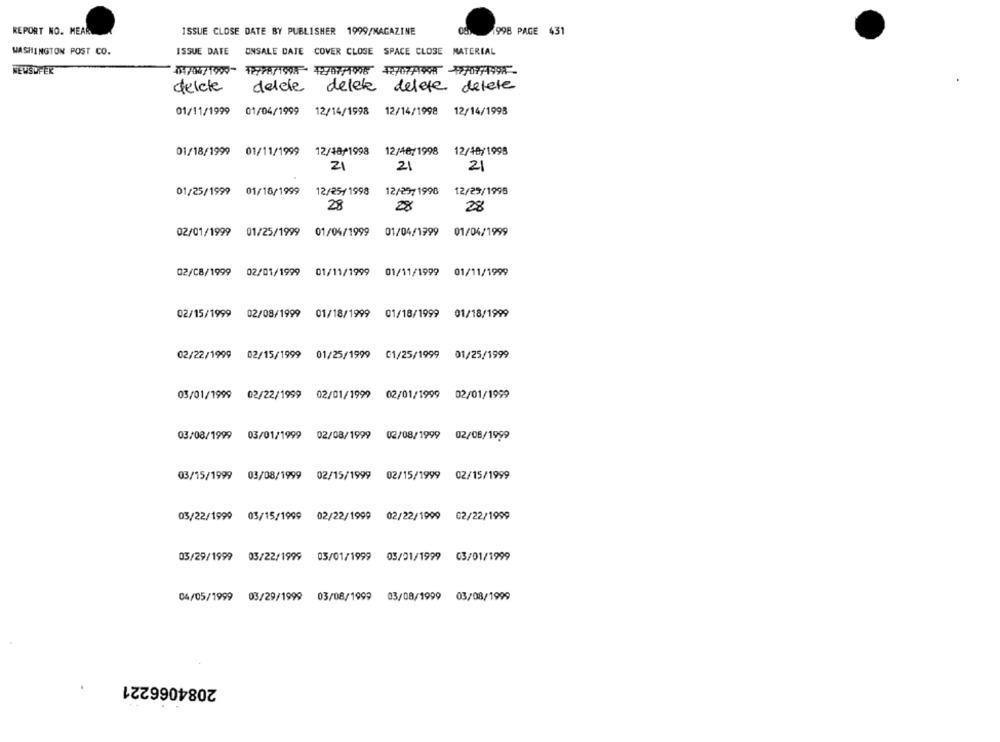
REPORT NO. MEAR
ISSUE CLOSE DATE BY PUBLISHER 1999/MAGAZINE
1998 PAGE 431
WASHINGTON POST CO.
ISSUE DATE
ONSALE DATE COVER CLOSE SPACE CLOSE MATERIAL
NEUSUFER
delete
delete delete delete delete
01/11/1999 01/04/1999 12/14/1998 12/14/1998 12/14/1998
01/18/1999 01/11/1999 12/18/1998
12/46/1998 12/48/1998
21
21
21
01/25/1999 01/18/1999
12/25/1998
12/29/1998
12/29/1995
28
28
28
02/01/1999 01/25/1999 01/04/1999 01/04/1999
01/04/1999
02/08/1999 02/01/1999 01/11/1999 01/11/1999 01/11/1999
02/15/1999
02/08/1999 01/18/1999 01/18/1999 0
01/18/1999
02/22/1999 02/15/1999 01/25/1999 01/25/1999 01/25/1999
03/01/1999 02/22/1999 02/01/1999 02/01/1999 02/01/1999
03/08/1999 03/01/1999 02/08/1999 02/08/1999 02/08/1999
03/15/1999 03/08/1999 02/15/1999 02/15/1999 02/15/1999
03/22/1999 03/15/1999 02/22/1999 02/22/1999 02/22/1999
03/01/1999 03/01/1999
03/29/1999 03/22/1999 03/01/1999
04/05/1999 03/29/1999 03/08/1999 03/08/1999
03/08/1999
2084066221